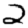
Digit: 2